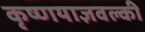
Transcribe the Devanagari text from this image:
कृष्णयाज्ञवल्की